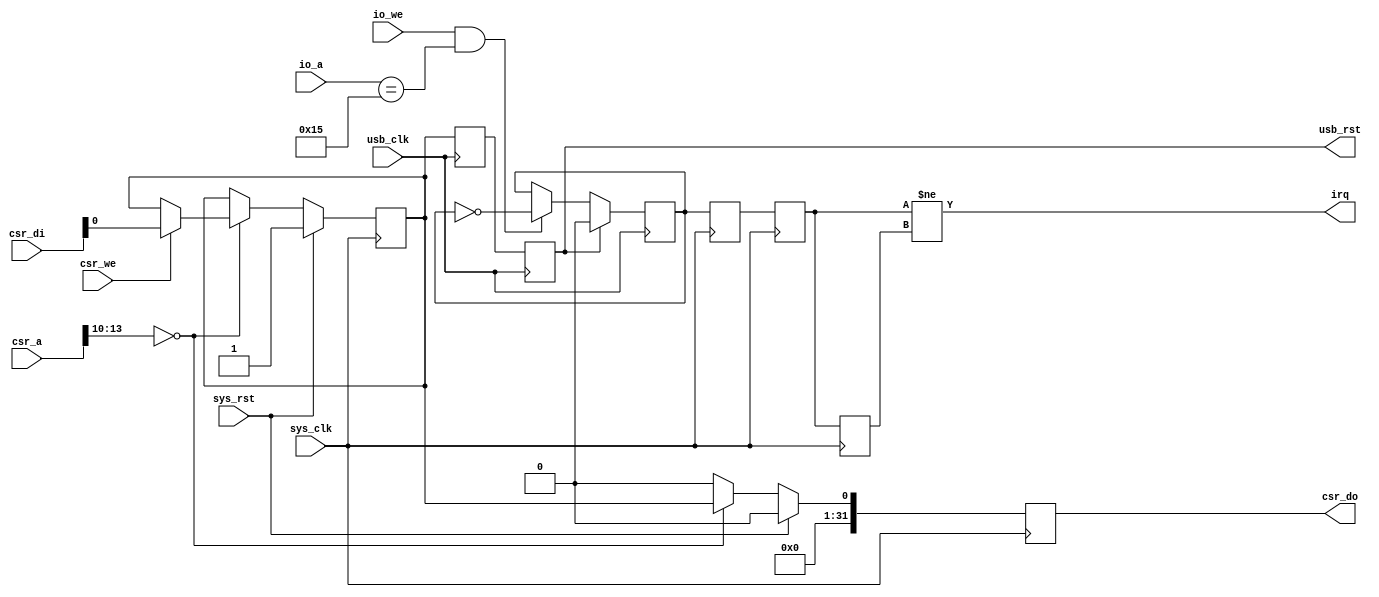
module softusb_hostif #(
	parameter csr_addr = 4'h0
) (
	input sys_clk,
	input sys_rst,

	input usb_clk,
	output reg usb_rst,

	input [13:0] csr_a,
	input csr_we,
	input [31:0] csr_di,
	output reg [31:0] csr_do,

	output irq,

	input io_we,
	input [5:0] io_a
);

wire csr_selected = csr_a[13:10] == csr_addr;

reg usb_rst0;

always @(posedge sys_clk) begin
	if(sys_rst) begin
		usb_rst0 <= 1'b1;
		csr_do <= 1'b0;
	end else begin
		csr_do <= 1'b0;
		if(csr_selected) begin
			if(csr_we)
				usb_rst0 <= csr_di[0];
			csr_do <= usb_rst0;
		end
	end
end

/* Synchronize USB Reset to the USB clock domain */
reg usb_rst1;

always @(posedge usb_clk) begin
	usb_rst1 <= usb_rst0;
	usb_rst <= usb_rst1;
end

/* Generate IRQs */

reg irq_flip;
always @(posedge usb_clk) begin
	if(usb_rst)
		irq_flip <= 1'b0;
	else if(io_we && (io_a == 6'h15))
		irq_flip <= ~irq_flip;
end

reg irq_flip0;
reg irq_flip1;
reg irq_flip2;

always @(posedge sys_clk) begin
	irq_flip0 <= irq_flip;
	irq_flip1 <= irq_flip0;
	irq_flip2 <= irq_flip1;
end

assign irq = irq_flip1 != irq_flip2;

endmodule